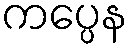
ကပ္ပေန